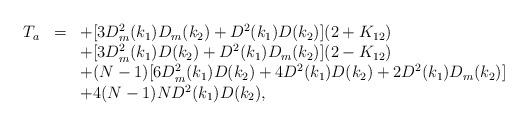
LaTeX: \begin{align*}\begin{array}{rcl}T_a&=&\displaystyle +[3D_m^2(k_1)D_m(k_2)+D^2(k_1)D(k_2)](2+K_{12})\\&&\displaystyle +[3D_m^2(k_1)D(k_2)+D^2(k_1)D_m(k_2)](2-K_{12})\\&&\displaystyle +(N-1)[6D_m^2(k_1)D(k_2)+4D^2(k_1)D(k_2)+2D^2(k_1)D_m(k_2)]\\&&+4(N-1)ND^2(k_1)D(k_2), \end{array}\end{align*}